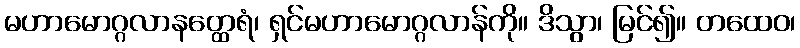
မဟာမောဂ္ဂလာနတ္ထေရံ၊ ရှင်မဟာမောဂ္ဂလာန်ကို။ ဒိသွာ၊ မြင်၍။ တထေဝ၊